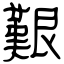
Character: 艱